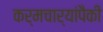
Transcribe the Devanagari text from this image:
कर्मचार्यांपैकी